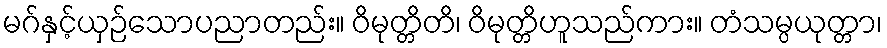
မဂ်နှင့်ယှဉ်သောပညာတည်း။ ဝိမုတ္တိတိ၊ ဝိမုတ္တိဟူသည်ကား။ တံသမ္ပယုတ္တာ၊